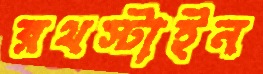
রথস্টাইন